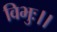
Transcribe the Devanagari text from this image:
विभुः।।